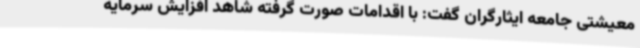
معیشتی جامعه ایثارگران گفت: با اقدامات صورت گرفته شاهد افزایش سرمایه